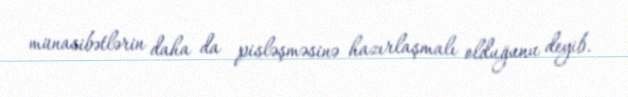
münasibətlərin daha da pisləşməsinə hazırlaşmalı olduğunu deyib.